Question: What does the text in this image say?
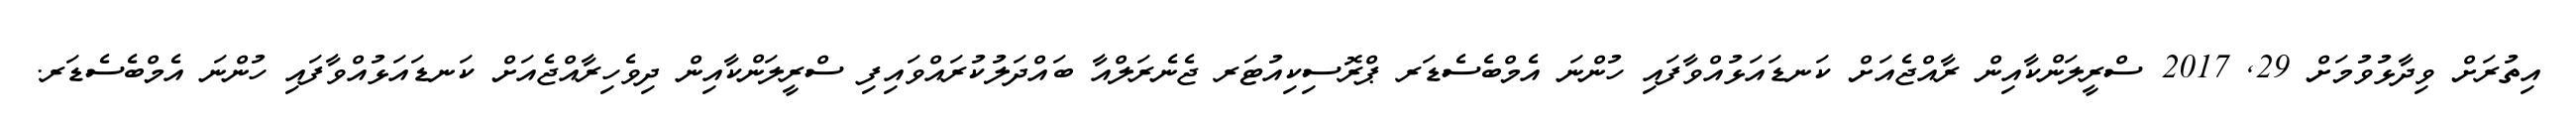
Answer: އިތުރަށް ވިދާޅުވުމަށް 29, 2017 ސްރީލަންކާއިން ރާއްޖެއަށް ކަނޑައަޅުއްވާފައި ހުންނަ އެމްބެސެޑަރ ޕްރޮސިކިއުޓަރ ޖެނެރަލްއާ ބައްދަލުކުރައްވައިފި ސްރީލަންކާއިން ދިވެހިރާއްޖެއަށް ކަނޑައަޅުއްވާފައި ހުންނަ އެމްބެސެޑަރ.